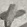
Text: +